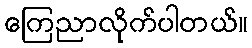
ကြေညာလိုက်ပါတယ်။